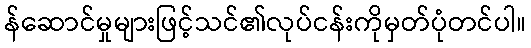
န်ဆောင်မှုများဖြင့်သင်၏လုပ်ငန်းကိုမှတ်ပုံတင်ပါ။